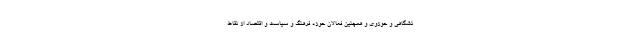
نشگاهی و حوزوی و همچنین فعالان حوزه فرهنگ و سیاست و اقتصاد از نقاط